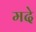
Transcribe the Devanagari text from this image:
मदे